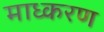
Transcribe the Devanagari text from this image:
माध्करण